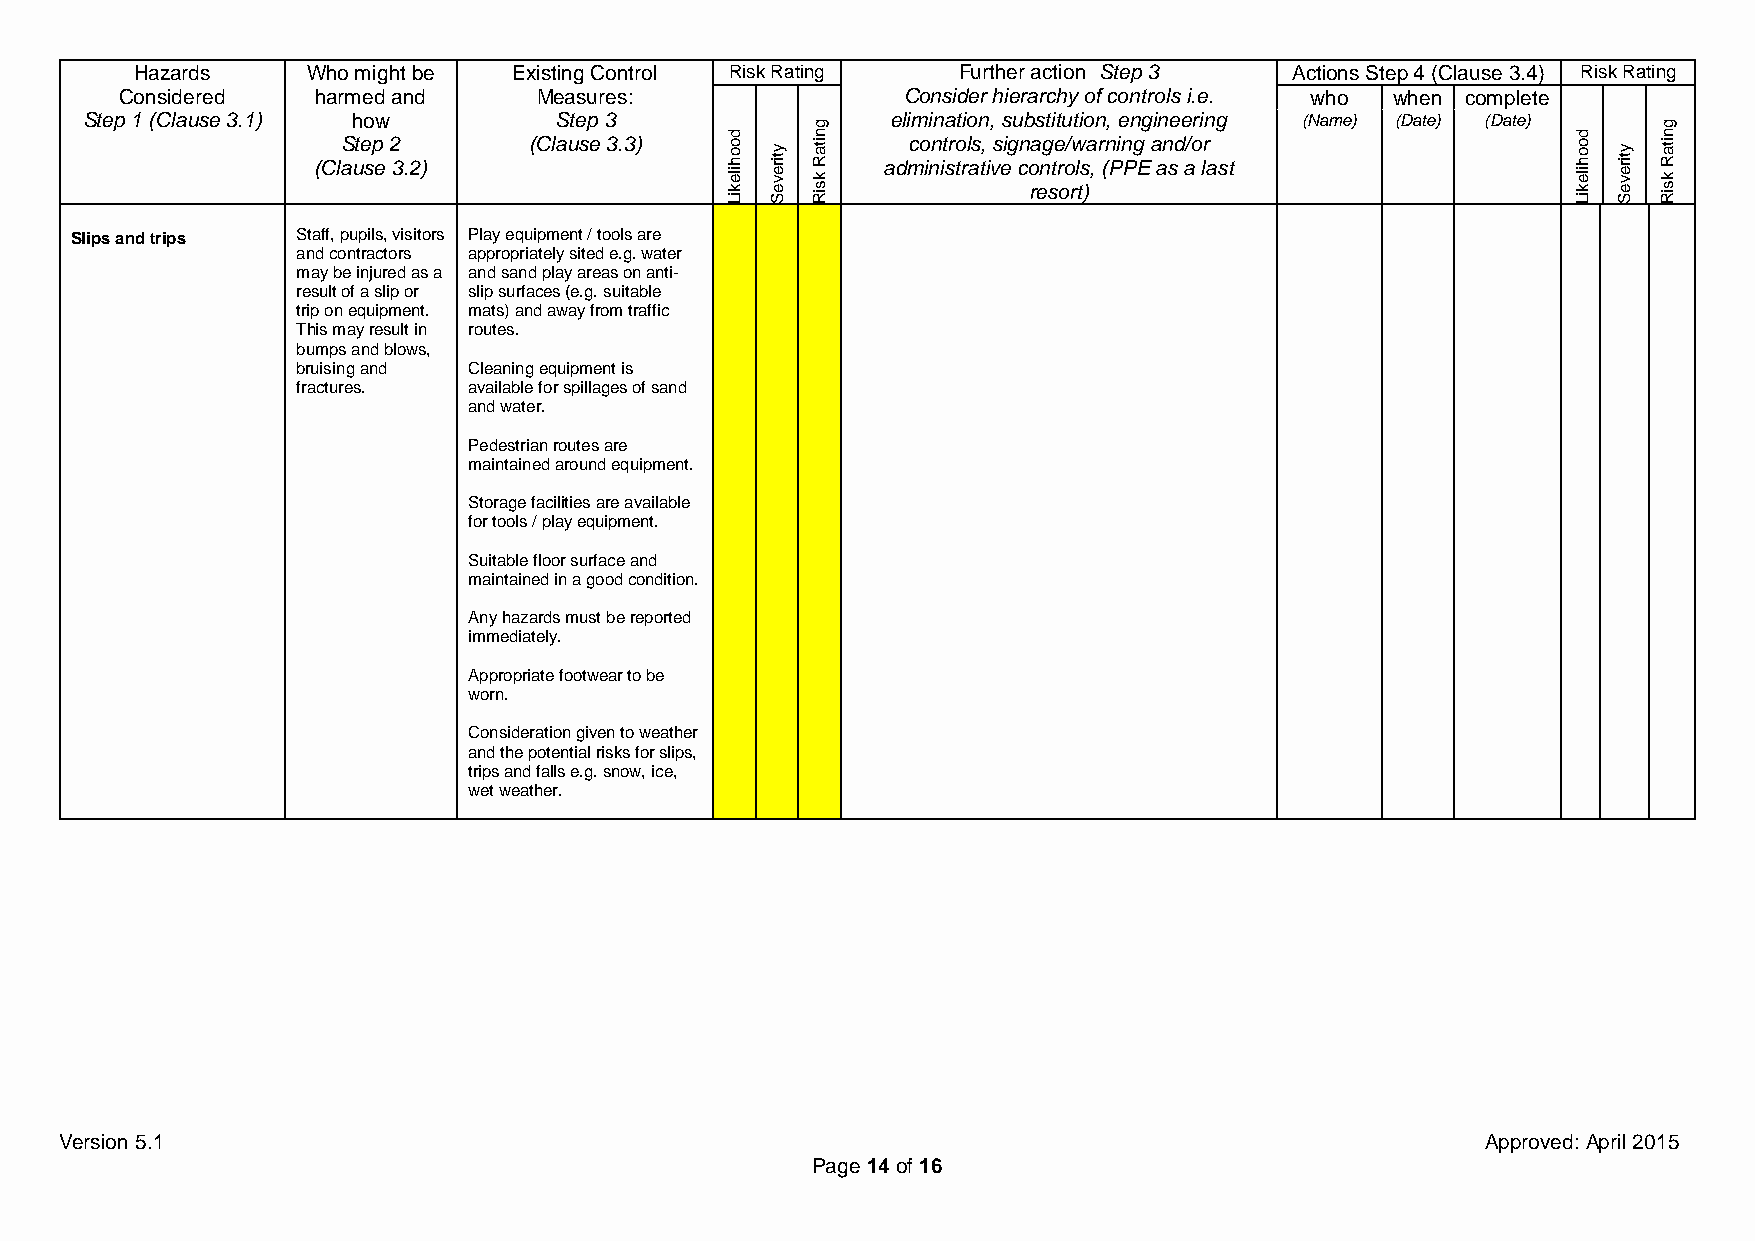
Hazards    Who might be  Existing Control Risk Rating Further action Step 3  Actions Step 4 (Clause 3.4) Risk Rating
 Considered   harmed and     Measures:               Consider hierarchy of controls i.e. who when complete
 Step 1 (Clause 3.1) (ClaSh uteo
 sp
 ew
 2
 3 .2)
 (ClaS ute sp
 e
 3
 3 .3)
 Likelihood
 Severity
 Risk
 Rating ae dl mi cm
 o
 ini nn
 it
 sa
 ro
 tt ri lo asn
 t,
 i
 v,
 s
 es
 ig
 u cnb
 o
 ras engt sti et
 r
 ou
 o/
 rwt
 l
 ti
 s
 )o
 a
 ,n
 r
 (n,
 P
 ie
 n
 Pn
 g
 Eg
 a
 i an
 n
 se
 d
 e a/or i lrn
 a
 g
 s t
 (Name) (Date) (Date)
 Likelihood
 Severity
 Risk
 Rating
 Slips and trips Staff, pupils, visitors Play equipment / tools are
 and contractors appropriately sited e.g. water
 may be injured as a and sand play areas on anti-
 result of a slip or slip surfaces (e.g. suitable
 trip on equipment. mats) and away from traffic
 This may result in routes.
 bumps and blows,
 bruising and Cleaning equipment is
 fractures. available for spillages of sand
 and water.
 Pedestrian routes are
 maintained around equipment.
 Storage facilities are available
 for tools / play equipment.
 Suitable floor surface and
 maintained in a good condition.
 Any hazards must be reported
 immediately.
 Appropriate footwear to be
 worn.
 Consideration given to weather
 and the potential risks for slips,
 trips and falls e.g. snow, ice,
 wet weather.
 Version 5.1                                                                                   Approved: April 2015
 Page 14 of 16